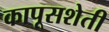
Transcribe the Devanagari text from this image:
कापूसशेती